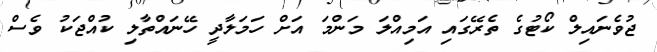
ޖުވެނައިލް ކޯޓުގެ ތެރޭގައި އަމިއްލަ މަންމަ އަށް ހަމަލާދީ ހޭނައްތާލި ކުއްޖަކު ވެސް